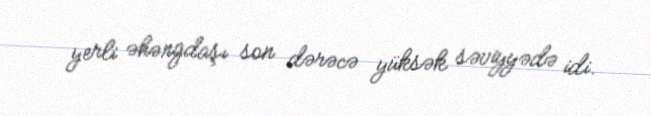
yerli əhəngdaşı son dərəcə yüksək səviyyədə idi.